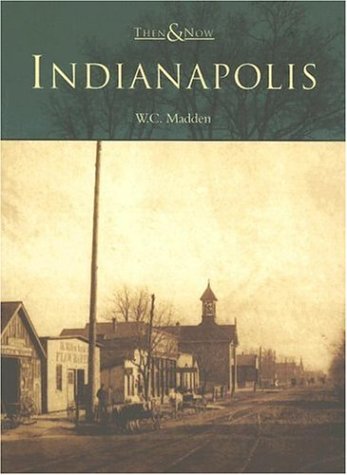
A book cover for Indianapolis (Then & Now); W.  C.  Madden; Travel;